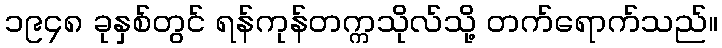
၁၉၄၈ ခုနှစ်တွင် ရန်ကုန်တက္ကသိုလ်သို့ တက်ရောက်သည်။